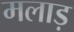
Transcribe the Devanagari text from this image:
मलाड़